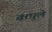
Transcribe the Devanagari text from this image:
वाघुले